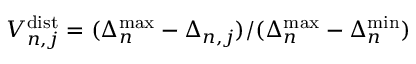
V _ { n , j } ^ { \mathrm { d i s t } } = ( \Delta _ { n } ^ { \mathrm { m a x } } - \Delta _ { n , j } ) / ( \Delta _ { n } ^ { \mathrm { m a x } } - \Delta _ { n } ^ { \mathrm { m i n } } )